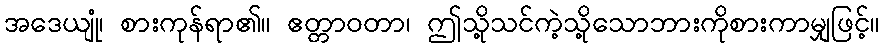
အဒေယျုံ၊ စားကုန်ရာ၏။ ဧတ္တာဝတာ၊ ဤသို့သင်ကဲ့သို့သောဘားကိုစားကာမျှဖြင့်။